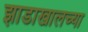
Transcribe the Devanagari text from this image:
झाडाखालच्या